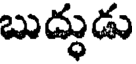
బుద్ధుడు